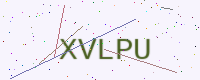
Text: XVLPU